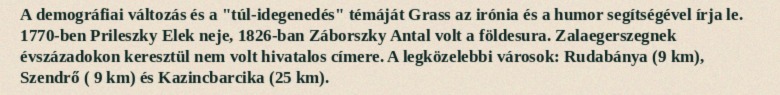
A demográfiai változás és a "túl-idegenedés" témáját Grass az irónia és a humor segítségével írja le. 1770-ben Prileszky Elek neje, 1826-ban Záborszky Antal volt a földesura. Zalaegerszegnek évszázadokon keresztül nem volt hivatalos címere. A legközelebbi városok: Rudabánya (9 km), Szendrő ( 9 km) és Kazincbarcika (25 km).